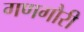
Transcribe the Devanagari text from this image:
गणगौरी